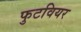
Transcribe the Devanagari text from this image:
फुटवियर